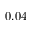
0 . 0 4